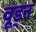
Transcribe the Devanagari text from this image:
वूड्न